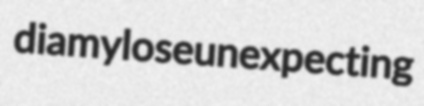
diamylose unexpecting